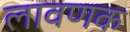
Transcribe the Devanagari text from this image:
लावणक